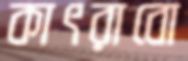
কাৎরাবো